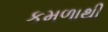
કમળાથી